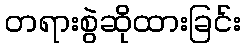
တရားစွဲဆိုထားခြင်း